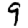
Digit: 9